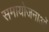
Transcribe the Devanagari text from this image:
समायोजनाओं